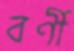
বর্ণী